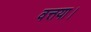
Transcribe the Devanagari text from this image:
वत्तया।